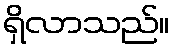
ရှိလာသည်။